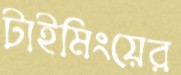
টাইমিংয়ের